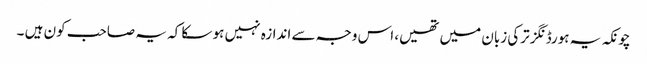
چونکہ یہ ہورڈنگز ترکی زبان میں تھیں، اس وجہ سے اندازہ نہیں ہو سکا کہ یہ صاحب کون ہیں ۔